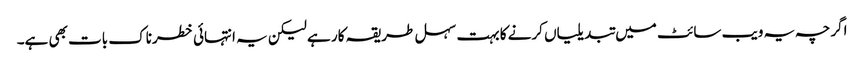
اگرچہ یہ ویب سائٹ میں تبدیلیاں کرنے کا بہت سہل طریقہ کار ہے لیکن یہ انتہائی خطرناک بات بھی ہے۔